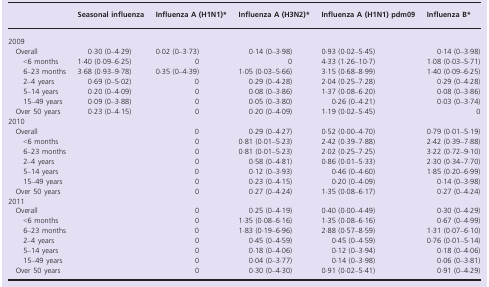
<table><thead><tr><td></td><td><b>Seasonal influenza</b></td><td><b>Influenza A (H1N1)*</b></td><td><b>Influenza A (H3N2)*</b></td><td><b>Influenza A (H1N1) pdm09</b></td><td><b>Influenza B*</b></td></tr></thead><tbody><tr><td colspan="6">2009</td></tr><tr><td> Overall</td><td>0·30 (0–4·29)</td><td>0·02 (0–3·73)</td><td>0·14 (0–3·98)</td><td>0·93 (0·02–5·45)</td><td>0·14 (0–3·98)</td></tr><tr><td>&lt;6 months</td><td>1·40 (0·09–6·25)</td><td>0</td><td>0</td><td>4·33 (1·26–10·7)</td><td>1·08 (0·03–5·71)</td></tr><tr><td>6–23 months</td><td>3·68 (0·93–9·78)</td><td>0·35 (0–4·39)</td><td>1·05 (0·03–5·66)</td><td>3·15 (0·68–8·99)</td><td>1·40 (0·09–6·25)</td></tr><tr><td>2–4 years</td><td>0·69 (0–5·02)</td><td>0</td><td>0·29 (0–4·28)</td><td>2·04 (0·25–7·28)</td><td>0·29 (0–4·28)</td></tr><tr><td>5–14 years</td><td>0·20 (0–4·09)</td><td>0</td><td>0·08 (0–3·86)</td><td>1·37 (0·08–6·20)</td><td>0·08 (0–3·86)</td></tr><tr><td>15–49 years</td><td>0·09 (0–3·88)</td><td>0</td><td>0·05 (0–3·80)</td><td>0·26 (0–4·21)</td><td>0·03 (0–3·74)</td></tr><tr><td> Over 50 years</td><td>0·23 (0–4·15)</td><td>0</td><td>0·20 (0–4·09)</td><td>1·19 (0·02–5·45)</td><td>0</td></tr><tr><td colspan="6">2010</td></tr><tr><td> Overall</td><td></td><td>0</td><td>0·29 (0–4·27)</td><td>0·52 (0·00–4·70)</td><td>0·79 (0·01–5·19)</td></tr><tr><td>&lt;6 months</td><td></td><td>0</td><td>0·81 (0·01–5·23)</td><td>2·42 (0·39–7·88)</td><td>2·42 (0·39–7·88)</td></tr><tr><td>6–23 months</td><td></td><td>0</td><td>0·81 (0·01–5·23)</td><td>2·02 (0·25–7·25)</td><td>3·22 (0·72–9·10)</td></tr><tr><td>2–4 years</td><td></td><td>0</td><td>0·58 (0–4·81)</td><td>0·86 (0·01–5·33)</td><td>2·30 (0·34–7·70)</td></tr><tr><td>5–14 years</td><td></td><td>0</td><td>0·12 (0–3·93)</td><td>0·46 (0–4·60)</td><td>1·85 (0·20–6·99)</td></tr><tr><td>15–49 years</td><td></td><td>0</td><td>0·23 (0–4·15)</td><td>0·20 (0–4·09)</td><td>0·14 (0–3·98)</td></tr><tr><td> Over 50 years</td><td></td><td>0</td><td>0·27 (0–4·24)</td><td>1·35 (0·08–6·17)</td><td>0·27 (0–4·24)</td></tr><tr><td colspan="6">2011</td></tr><tr><td> Overall</td><td></td><td>0</td><td>0·25 (0–4·19)</td><td>0·40 (0·00–4·49)</td><td>0·30 (0–4·29)</td></tr><tr><td>&lt;6 months</td><td></td><td>0</td><td>1·35 (0·08–6·16)</td><td>1·35 (0·08–6·16)</td><td>0·67 (0–4·99)</td></tr><tr><td>6–23 months</td><td></td><td>0</td><td>1·83 (0·19–6·96)</td><td>2·88 (0·57–8·59)</td><td>1·31 (0·07–6·10)</td></tr><tr><td>2–4 years</td><td></td><td>0</td><td>0·45 (0–4·59)</td><td>0·45 (0–4·59)</td><td>0·76 (0·01–5·14)</td></tr><tr><td>5–14 years</td><td></td><td>0</td><td>0·18 (0–4·06)</td><td>0·12 (0–3·94)</td><td>0·18 (0–4·06)</td></tr><tr><td>15–49 years</td><td></td><td>0</td><td>0·04 (0–3·77)</td><td>0·14 (0–3·98)</td><td>0·06 (0–3·81)</td></tr><tr><td> Over 50 years</td><td></td><td>0</td><td>0·30 (0–4·30)</td><td>0·91 (0·02–5·41)</td><td>0·91 (0–4·29)</td></tr></tbody></table>